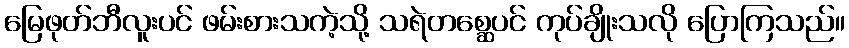
မြေဖုတ်ဘီလူးပင် ဖမ်းစားသကဲ့သို့ သရဲတစ္ဆေပင် ကုပ်ချိုးသလို ပြောကြသည်။